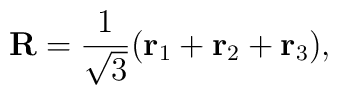
{\bf R} = \frac{1}{\sqrt{3}}({\bf r}_{1} + {\bf r}_{2} + {\bf r}_{3}),